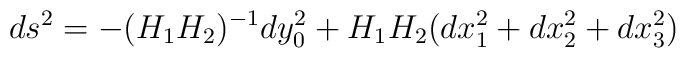
ds^{2}=-(H_{1}H_{2})^{-1}dy_{0}^{2}+   H_{1}H_{2}(dx_{1}^{2}+dx_{2}^{2}+dx_{3}^{2})